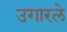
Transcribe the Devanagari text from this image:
उगारले